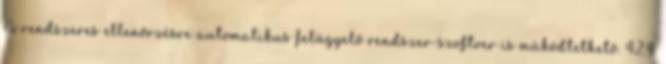
A rendszeres ellenõrzésre automatikus felügyelõ rendszer-szoftver is mûködtethetõ. 4.2.4.